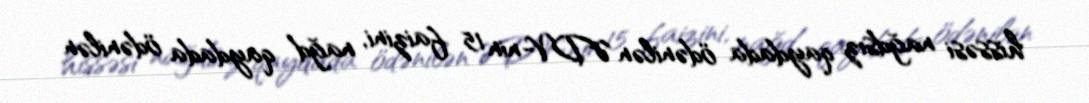
hissəsi nağdsız qaydada ödənilən ƏDV-nin 15 faizini, nağd qaydada ödənilən